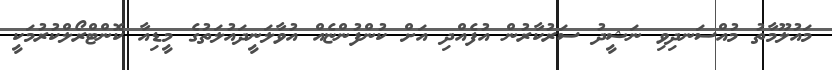
މައުލޫމާތު މުއްސަނދިވި ނަޝީދު ސަރުކާރުން އުފެއްދި އަށް ކުންފުންޏެއް އުވާލަނީދައުލަތުގެ މީޑިއާ ކޮންޓްރޯލްކުރުމަކީ